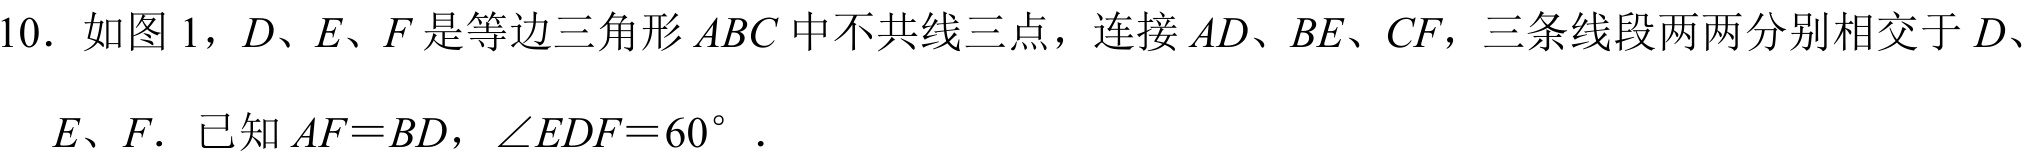
10. 如图 1，\(D\)、\(E\)、\(F\) 是等边三角形 \(ABC\) 中不共线三点，连接 \(AD\)、\(BE\)、\(CF\)，三条线段两两分别相交于 \(D\)、\(E\)、\(F\)．已知 \(AF = BD\)，\(\angle EDF = 60^{\circ}\)．